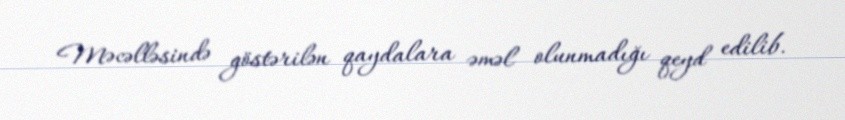
Məcəlləsində göstərilən qaydalara əməl olunmadığı qeyd edilib.